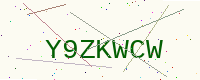
Text: Y9ZKWCW